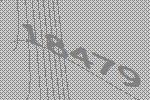
18479